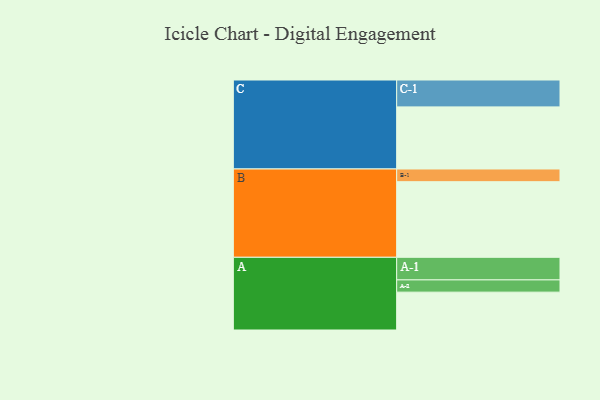
{"axis": {"x": "Segment", "y": "Value"}, "legend": ["", "A", "B", "C"], "data": [{"x": "A", "y": 300, "type": ""}, {"x": "B", "y": 599, "type": ""}, {"x": "C", "y": 492, "type": ""}, {"x": "A-1", "y": 179, "type": "A"}, {"x": "A-2", "y": 97, "type": "A"}, {"x": "B-1", "y": 101, "type": "B"}, {"x": "C-1", "y": 213, "type": "C"}]}